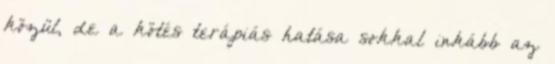
közül, de a kötés terápiás hatása sokkal inkább az